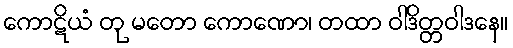
ကောဋိယံ တု မတော ကောဏော၊ တထာ ဝါဒိတ္တဝါဒနေ။